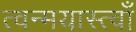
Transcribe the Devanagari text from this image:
त्वन्मयास्त्वाँ